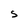
Character: S